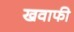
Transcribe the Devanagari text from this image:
खवाफी